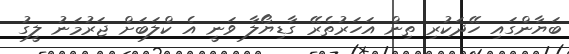
ބަޔާންގައި ހޭދަކުރި ތިން އަހަރުތެރޭ ގާޑިޔޯލާ ވަނީ އެ ކްލަބަށް ޖަރުމަނު ލީގު